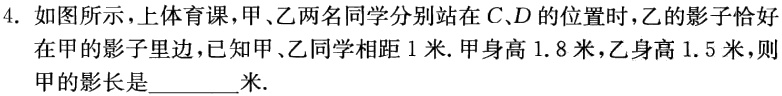
4. 如图所示，上体育课，甲、乙两名同学分别站在\(C、D\)的位置时，乙的影子恰好

在甲的影子里边，已知甲、乙同学相距\(1\)米. 甲身高\(1.8\)米，乙身高\(1.5\)米，则

甲的影长是_________米.